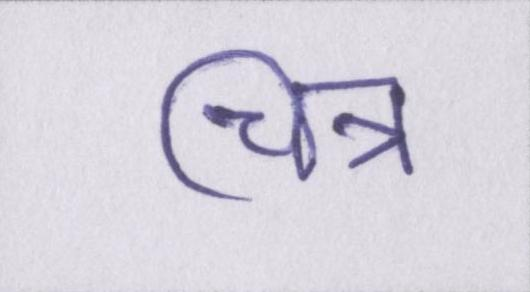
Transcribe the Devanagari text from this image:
चित्र